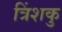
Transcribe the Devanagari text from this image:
त्रिंशकु